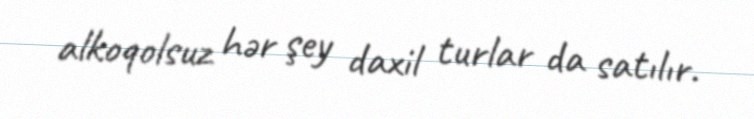
alkoqolsuz hər şey daxil turlar da satılır.